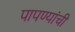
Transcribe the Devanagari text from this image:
पापण्यांची